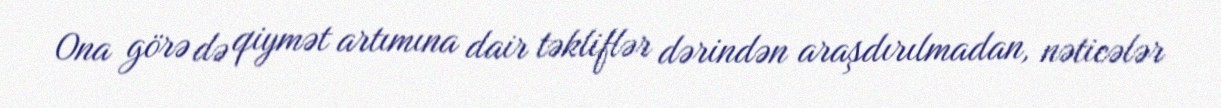
Ona görə də qiymət artımına dair təkliflər dərindən araşdırılmadan, nəticələr